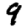
Digit: 9